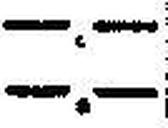
—.—